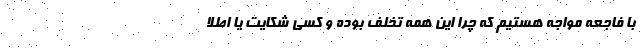
با فاجعه مواجه هستیم که چرا این همه تخلف بوده و کسی شکایت یا اطلا